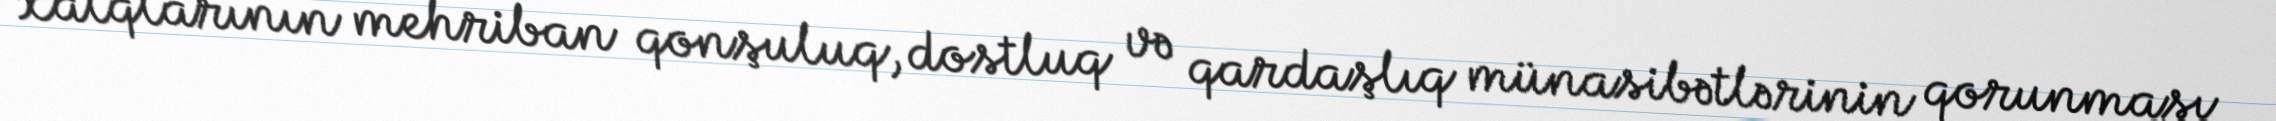
xalqlarının mehriban qonşuluq, dostluq və qardaşlıq münasibətlərinin qorunması